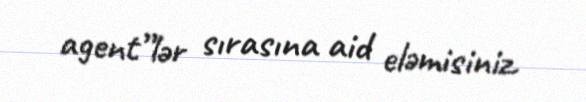
agent”lər sırasına aid eləmisiniz.